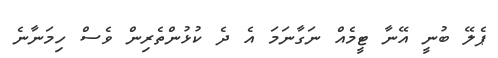
ޕެލޭ ބުނީ އޭނާ ޓީމެއް ނަގާނަމަ އެ ދެ ކުޅުންތެރިން ވެސް ހިމަނާނެ